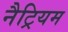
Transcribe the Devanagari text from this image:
नैट्रियम